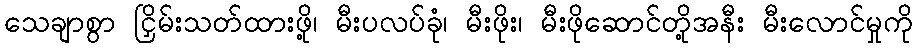
သေချာစွာ ငြှိမ်းသတ်ထားဖို့၊ မီးပလပ်ခုံ၊ မီးဖိုး၊ မီးဖိုဆောင်တို့အနီး မီးလောင်မှုကို